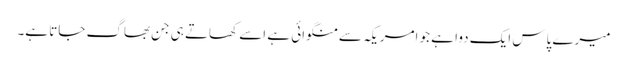
میرے پاس ایک دوا ہے جو امریکہ سے منگوائی ہے اسے کھاتے ہی جن بھاگ جاتا ہے۔